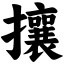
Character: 攘